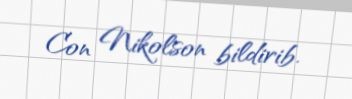
Con Nikolson bildirib.